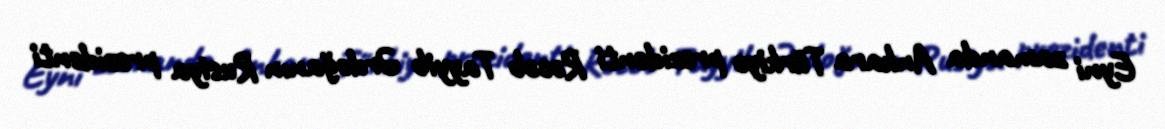
Eyni zamanda Ankara Türkiyə prezidenti Rəcəb Tayyib Ərdoğanın Rusiya prezidenti